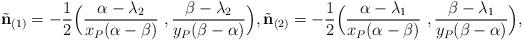
LaTeX: \begin{align*}\tilde{\mathbf{n}}_{(1)}=-\frac{1}{2}\Big(\frac{\alpha-\lambda_2}{x_P(\alpha-\beta)}\ , \frac{\beta-\lambda_2}{y_P(\beta-\alpha)}\Big), \tilde{\mathbf{n}}_{(2)}=-\frac{1}{2}\Big(\frac{\alpha-\lambda_1}{x_P(\alpha-\beta)}\ , \frac{\beta-\lambda_1}{y_P(\beta-\alpha)}\Big),\end{align*}